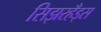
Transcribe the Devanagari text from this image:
सिझरहँड्स